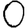
Digit: 0